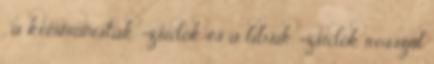
, a kommunisták =zsidók és a libsik =zsidók rosszul